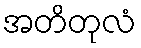
အတိတုလံ